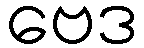
ဗေဒ